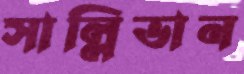
সাল্লিভান